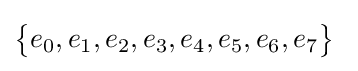
{\bigl \{}e_{0},e_{1},e_{2},e_{3},e_{4},e_{5},e_{6},e_{7}{\bigr \}}\